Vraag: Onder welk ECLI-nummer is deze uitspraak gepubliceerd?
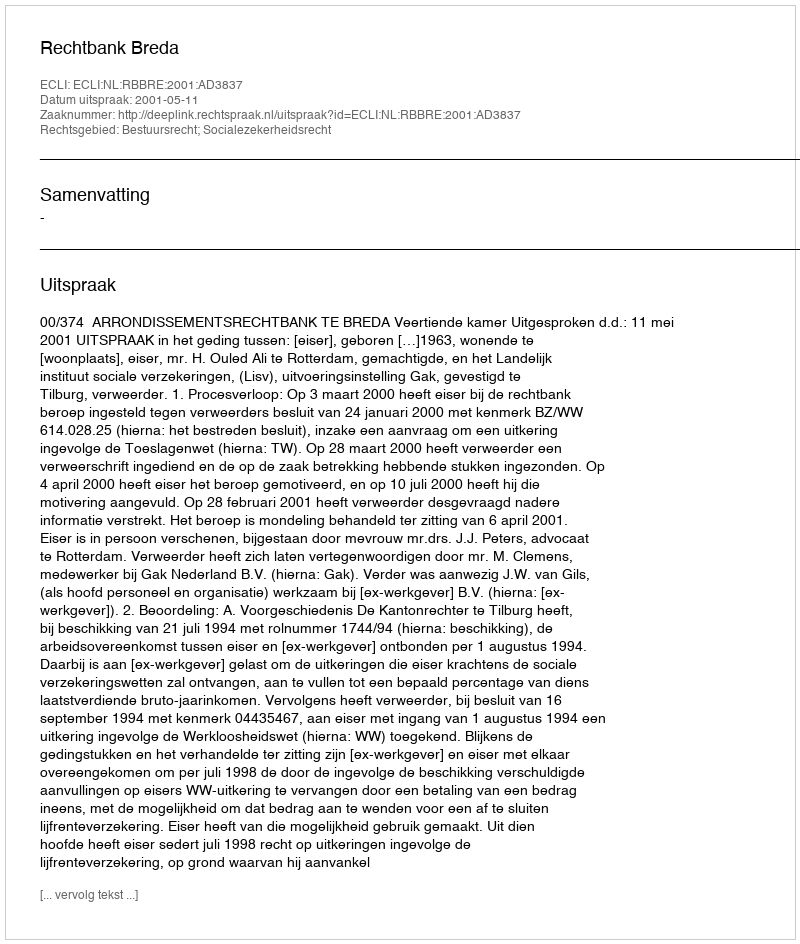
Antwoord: ECLI:NL:RBBRE:2001:AD3837